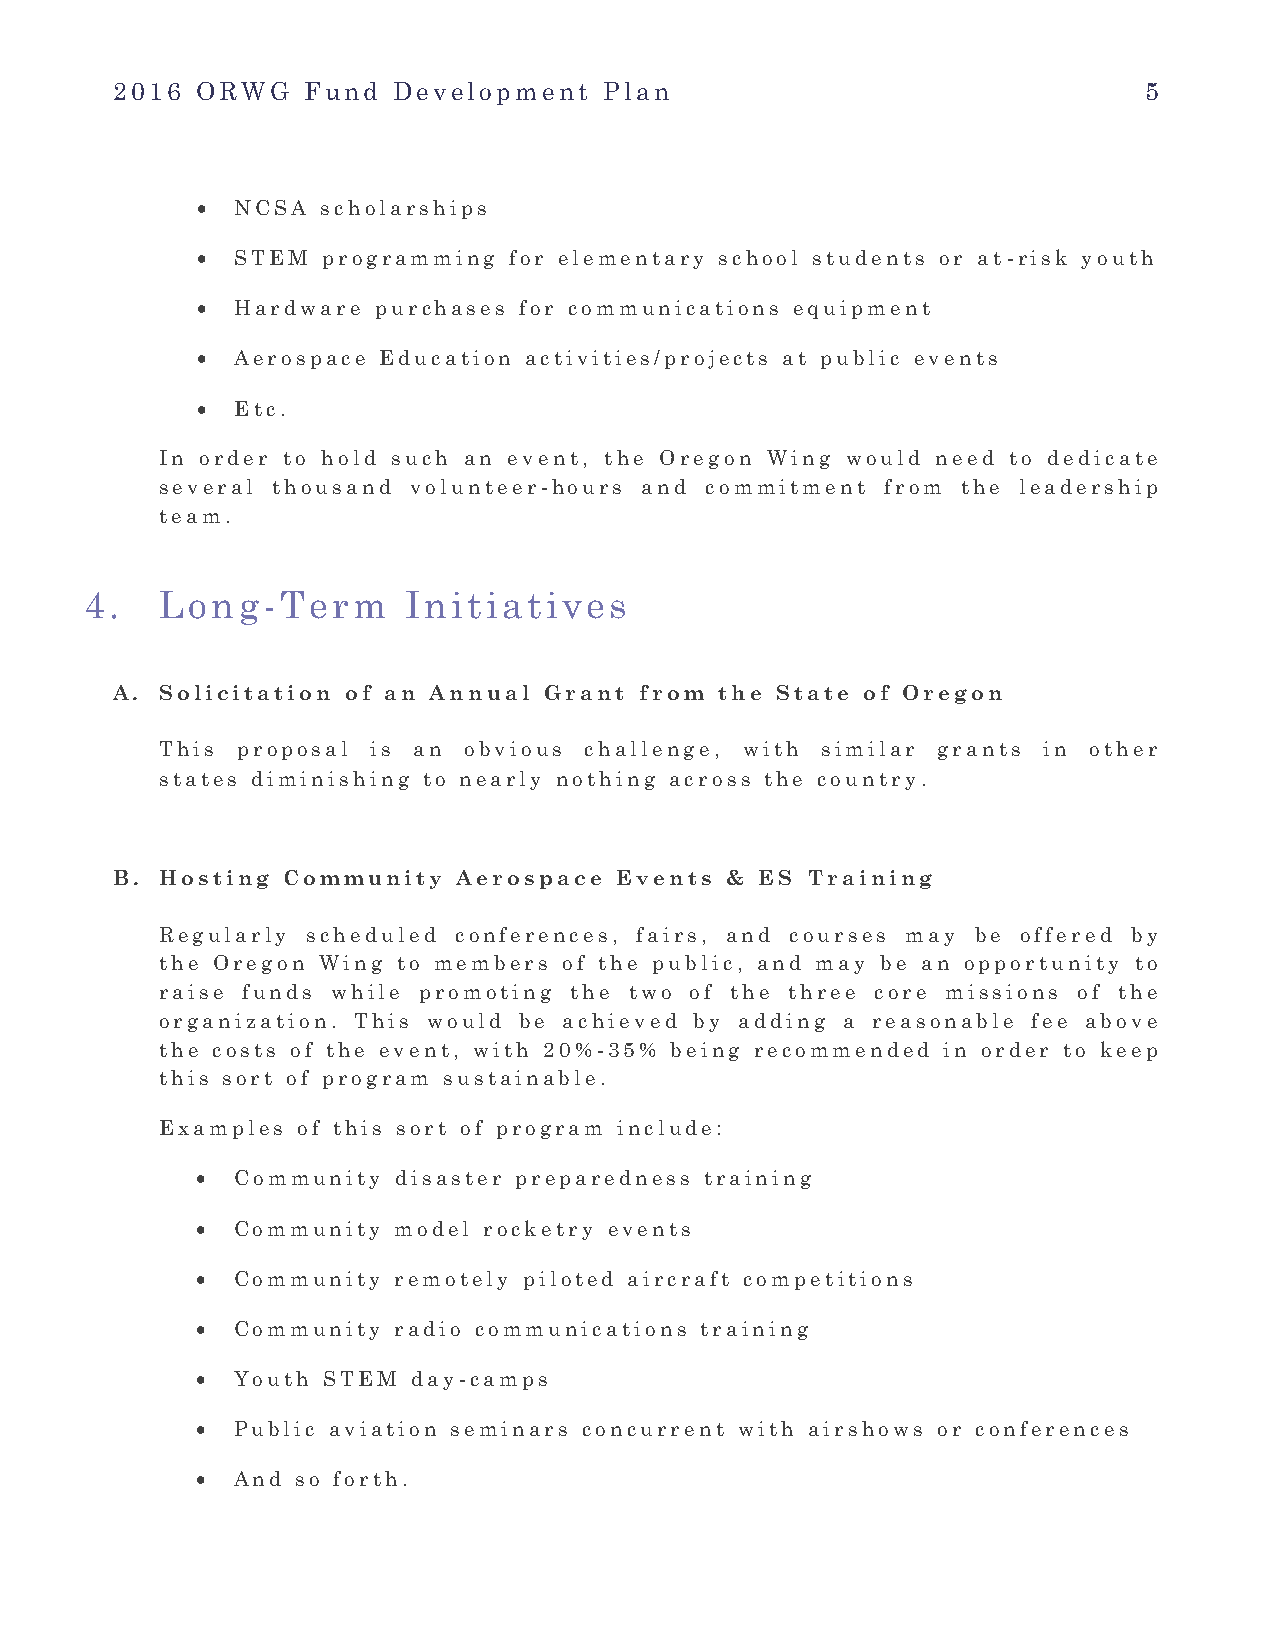
2016  ORWG   Fund  Development   Plan                                5
 •  NCSA scholarships
 •  STEM programming  for elementary school students or at-risk youth
 •  Hardware purchases for communications equipment
 •  Aerospace Education activities/projects at public events
 •  Etc.
 In order to hold such an event, the Oregon Wing would need to dedicate
 several thousand volunteer-hours and commitment from the leadership
 team.
 4.   Long-Term       Initiatives
 A.  Solicitation of an Annual Grant from the State of Oregon
 This proposal is an obvious challenge, with similar grants in other
 states diminishing to nearly nothing across the country.
 B.  Hosting Community  Aerospace  Events & ES Training
 Regularly scheduled conferences, fairs, and courses may be offered by
 the Oregon Wing to members of the public, and may be an opportunity to
 raise funds while promoting the two of the three core missions of the
 organization. This would be achieved by adding a reasonable fee above
 the costs of the event, with 20%-35% being recommended in order to keep
 this sort of program sustainable.
 Examples of this sort of program include:
 • Community  disaster preparedness training
 • Community  model rocketry events
 • Community  remotely piloted aircraft competitions
 • Community  radio communications training
 • Youth STEM  day-camps
 • Public aviation seminars concurrent with airshows or conferences
 • And  so forth.